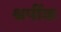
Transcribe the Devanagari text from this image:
श्रपींक